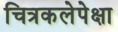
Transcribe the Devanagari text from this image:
चित्रकलेपेक्षा